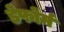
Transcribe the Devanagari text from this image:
डेफोर्म